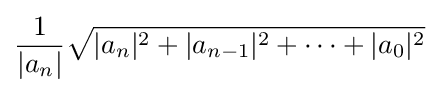
{\frac {1}{|a_{n}|}}{\sqrt {|a_{n}|^{2}+|a_{n-1}|^{2}+\cdots +|a_{0}|^{2}}}